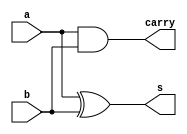
// ------------------------- 
// Exemplo0021  FULL ADDER 
// Nome: Luiz Marques de oliveira
// ------------------------- 
 
 // ------------------------- 
//  half adder 
// ------------------------- 
module halfAdder (output s, 
						output carry,
                  input a,  
                  input b); 

xor (s, a, b);
and (carry, a, b);
 
endmodule // halfAdder 

 
// ------------------------- 
//  full adder 
// ------------------------- 
module fullAdder (output s, 
						output carry,
                  input a,  
                  input b,  
                  input carryIn);
	
	wire s0,carry1,carry2;				
						 
	halfAdder ha(s0,carry1,a,b);
	halfAdder ha1(s,carry2,s0,carryIn);
	or (carry, carry1, carry2);
 
endmodule // fullAdder

// ------------------------- 
//  Complemento de um
// ------------------------- 
module complemento (output s, 
						input a);
	
	not(s,a);
 
endmodule // complemento

 
module test_fullAdder; 
// ------------------------- definir dados 
      reg [5:0] x; 
      reg [5:0] y; 
		reg  carryIn;
		wire [5:0] yb; 
      wire [5:0] soma; 
      wire  carry;
		
		// Nega entrata de um dos operandos
		complemento c1(yb[0],y[0]);
		complemento c2(yb[1],y[1]);
		complemento c3(yb[2],y[2]);
		complemento c4(yb[3],y[3]);
		complemento c5(yb[4],y[4]);
		complemento c6(yb[5],y[5]);
		
		fullAdder fa1(soma[0],carry,x[0],yb[0], carryIn);
		fullAdder fa2(soma[1],carry,x[1],yb[1], carryIn);
		fullAdder fa3(soma[2],carry,x[2],yb[2], carryIn);
		fullAdder fa4(soma[3],carry,x[3],yb[3], carryIn);
		fullAdder fa5(soma[4],carry,x[4],yb[4], carryIn);
		fullAdder fa6(soma[5],carry,x[5],yb[5], carryIn);
 
// ------------------------- parte principal 
 initial begin 
      $display("Exemplo0022 - Luiz Marques de oliveira - 417138"); 
      $display("Test ALUs subtrator 6 bits"); 
		#1 x = 6'b000001;  y = 6'b000001;  carryIn = 1'b1;
				
		#1 $display("%6b - %6b = %b Carry: %1b",x,y,soma, carryIn); 
		
		#1 x = 6'b010011;  y = 6'b010101;
		
		#1 $display("%6b - %6b = %b Carry: %1b",x,y,soma, carryIn); 
		
		#1 x = 6'b111111;  y = 6'b000000;
		
		#1 $display("%6b - %6b = %b Carry: %1b",x,y,soma, carryIn); 

 
 end 
 
endmodule // test_subtrator